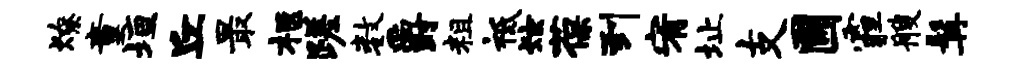
燎童垣丘最柩蹉数爵粗祗炫葆到宥址支圃霾艘髯